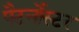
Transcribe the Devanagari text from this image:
पैटर्नोस्टर